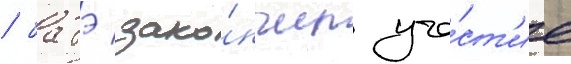
/ батэ зако́нчил уча́ст'ие